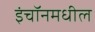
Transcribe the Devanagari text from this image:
इंचॉनमधील